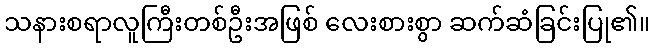
သနားစရာလူကြီးတစ်ဦးအဖြစ် လေးစားစွာ ဆက်ဆံခြင်းပြု၏။